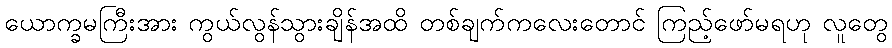
ယောက္ခမကြီးအား ကွယ်လွန်သွားချိန်အထိ တစ်ချက်ကလေးတောင် ကြည့်ဖော်မရဟု လူတွေ